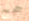
حجج